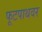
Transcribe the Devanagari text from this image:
फूटपाथवर